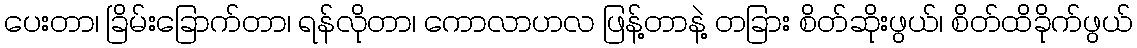
ပေးတာ၊ ခြိမ်းခြောက်တာ၊ ရန်လိုတာ၊ ကောလာဟလ ဖြန့်တာနဲ့ တခြား စိတ်ဆိုးဖွယ်၊ စိတ်ထိခိုက်ဖွယ်